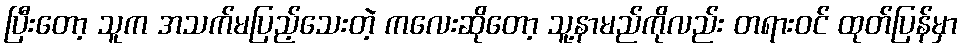
ပြီးတော့ သူက အသက်မပြည့်သေးတဲ့ ကလေးဆိုတော့ သူ့နာမည်ကိုလည်း တရားဝင် ထုတ်ပြန်မှာ